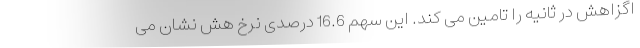
اگزاهش در ثانیه را تامین می کند. این سهم 16.6 درصدی نرخ هش نشان می